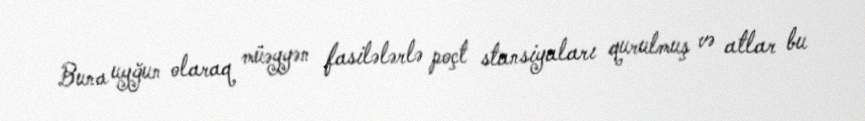
Buna uyğun olaraq müəyyən fasilələrlə poçt stansiyaları qurulmuş və atlar bu